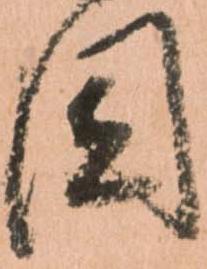
固